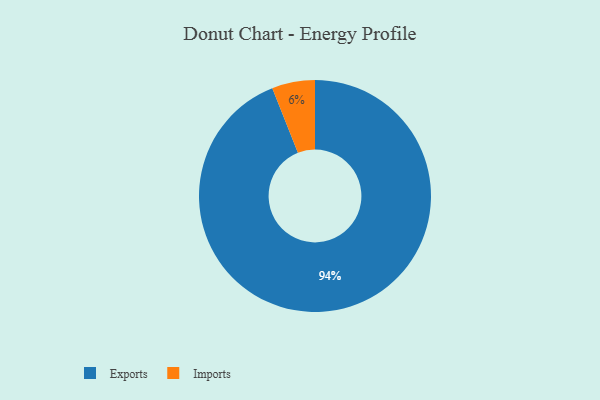
{"axis": {"x": "Category", "y": "Percentage"}, "legend": ["Exports", "Imports"], "data": [{"x": "Exports", "y": 94, "type": "Exports"}, {"x": "Imports", "y": 6, "type": "Imports"}]}